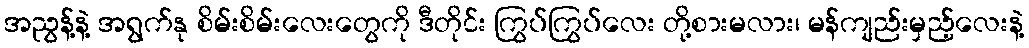
အညွန့်နဲ့ အရွက်နု စိမ်းစိမ်းလေးတွေကို ဒီတိုင်း ကြွပ်ကြွပ်လေး တို့စားမလား၊ မန်ကျည်းမှည့်လေးနဲ့